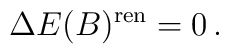
\Delta E (B)^{\rm ren}=0 \,.